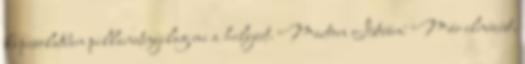
kapcsolatban pillanatnyilag mi a helyzet. Marton István: Már elnézést,